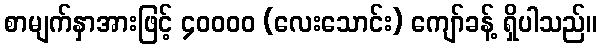
စာမျက်နှာအားဖြင့် ၄၀၀၀၀ (လေးသောင်း) ကျော်ခန့် ရှိပါသည်။